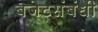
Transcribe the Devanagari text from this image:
बजेटसंबंधी